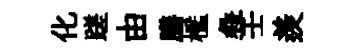
化蹉由膳檻彜壬羨